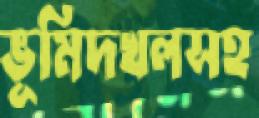
ভূমিদখলসহ